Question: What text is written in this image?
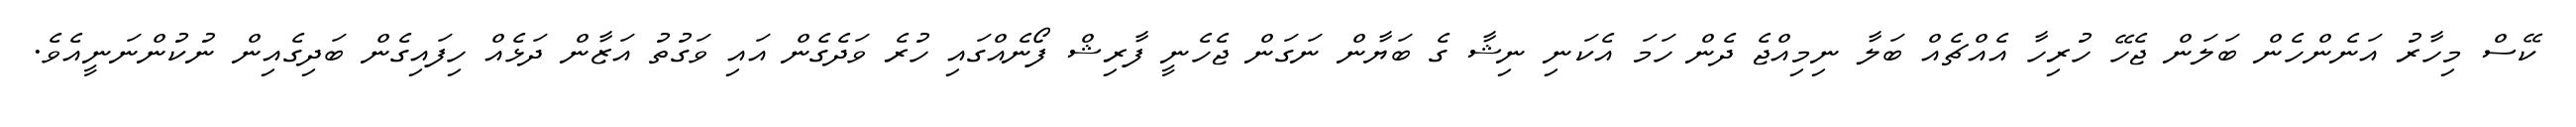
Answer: ކޭސް މިހާރު އަނެންހެން ބަލަން ޖެހޭ ހުރިހާ އެއްޗެއް ބަލާ ނިމިއްޖެ ދެން ހަމަ އެކަނި ނިޝާ ގެ ބަޔާން ނަގަން ޖެހެނީ ފާރިޝް ފޯނެއްގައި ހުރެ ވަދެގެން އައި ވަގުތު އަޒާން ދަޅެއް ހިފައިގެން ބަދިގެއިން ނުކުންނަނީއެވެ.